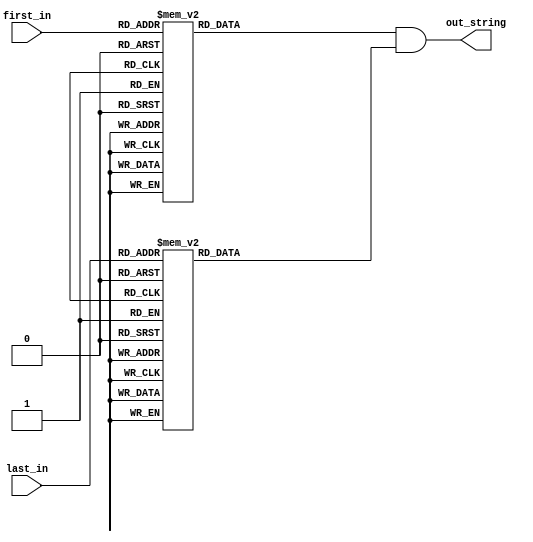
`timescale 1ns / 1ps
//////////////////////////////////////////////////////////////////////////////////
// Company: 
// Engineer: 
// 
// Design Name: 
// Module Name:    pattern_string 
// Project Name: 
// Target Devices: 
// Tool versions: 
// Description: 
//
// Dependencies: 
//
// Revision: 
// Revision 0.01 - File Created
// Additional Comments: 
//
//////////////////////////////////////////////////////////////////////////////////
module pattern_string(
    input [2:0] first_in,
    input [2:0] last_in,
    output [7:0] out_string
    );
 
    reg [7:0] first_string;
    reg [7:0] last_string;
    assign out_string = first_string & last_string;

  always @(*) begin
      case (first_in) 
        3'b000: first_string = 8'b00000001;
        3'b001: first_string = 8'b00000011;
        3'b010: first_string = 8'b00000111;
        3'b011: first_string = 8'b00001111;    
        3'b100: first_string = 8'b00011111;
        3'b101: first_string = 8'b00111111;
        3'b110: first_string = 8'b01111111;
        3'b111: first_string = 8'b11111111;
      endcase
  end

  always @(*) begin
      case (last_in) 
        3'b000: last_string = 8'b11111111;
        3'b001: last_string = 8'b11111110;
        3'b010: last_string = 8'b11111100;
        3'b011: last_string = 8'b11111000;    
        3'b100: last_string = 8'b11110000;
        3'b101: last_string = 8'b11100000;
        3'b110: last_string = 8'b11000000;
        3'b111: last_string = 8'b10000000;
      endcase
  end



endmodule